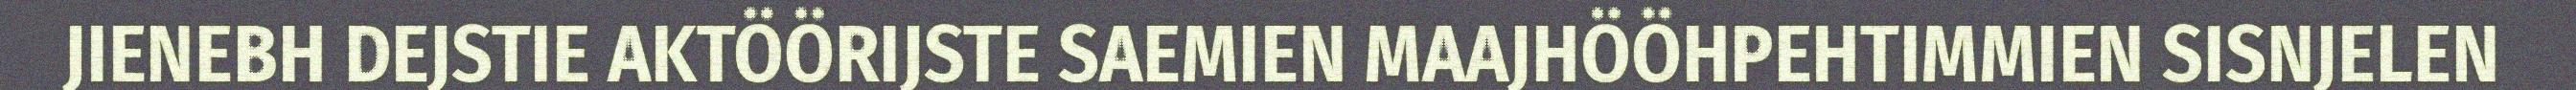
JIENEBH DEJSTIE AKTÖÖRIJSTE SAEMIEN MAAJHÖÖHPEHTIMMIEN SISNJELEN